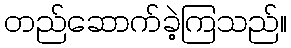
တည်ဆောက်ခဲ့ကြသည်။